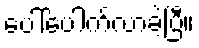
ပေါ်ပေါက်လာခဲ့ပြီ။